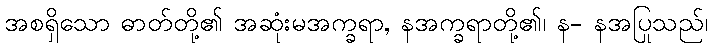
အစရှိသော ဓာတ်တို့၏ အဆုံးမအက္ခရာ, နအက္ခရာတို့၏၊ န- နအပြုသည်၊